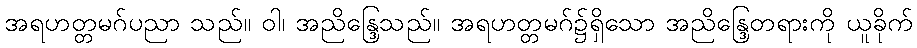
အရဟတ္တမဂ်ပညာ သည်။ ဝါ၊ အညိန္ဒြေသည်။ အရဟတ္တမဂ်၌ရှိသော အညိန္ဒြေတရားကို ယူခိုက်